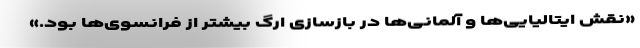
«نقش ایتالیایی‌ها و آلمانی‌ها در بازسازی ارگ بیشتر از فرانسوی‌ها بود.»